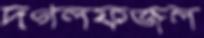
দগলফজল